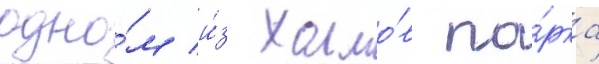
одно́м и́з холмо́в па́рка